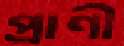
প্রাণী